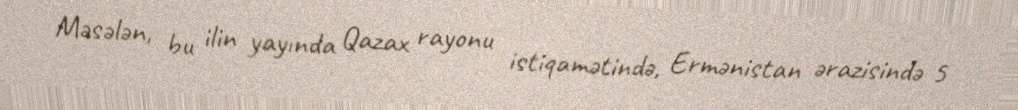
Məsələn, bu ilin yayında Qazax rayonu istiqamətində, Ermənistan ərazisində 5